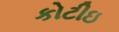
કોટીઇ